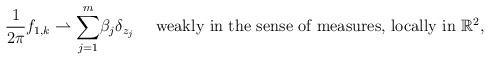
LaTeX: \begin{align*}\frac{1}{2\pi}f_{1,k}\rightharpoonup\displaystyle{\sum_{j=1}^m}\beta_j\delta_{z_j} \quad\mbox{ weakly in the sense of measures, locally in } \mathbb{R}^2 ,\end{align*}